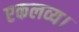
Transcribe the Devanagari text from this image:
एकलव्य।